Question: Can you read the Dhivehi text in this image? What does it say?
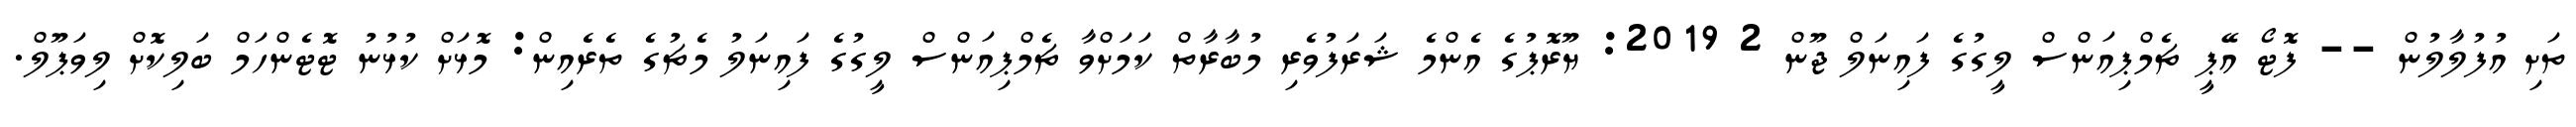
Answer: ތަށި އުފުލާލުން -- ފޮޓޯ އޭޕީ ޗެމްޕިއަންސް ލީގުގެ ފައިނަލް ޖޫން 2 2019: ޔޫރޮޕުގެ އެންމެ ޝަރަފުވެރި މުބާރާތް ކަމަށްވާ ޗެމްޕިއަންސް ލީގުގެ ފައިނަލު މެޗުގެ ތެރެއިން: މޮޅަށް ކުޅުނު ޓޮޓެންހަމް ބަލިކޮށް ލިވަޕޫލް.